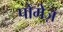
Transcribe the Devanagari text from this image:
पोमेज़